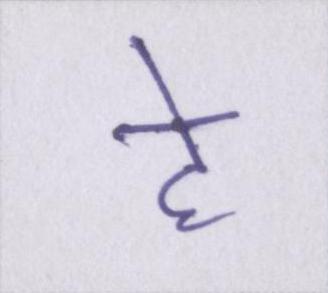
हे